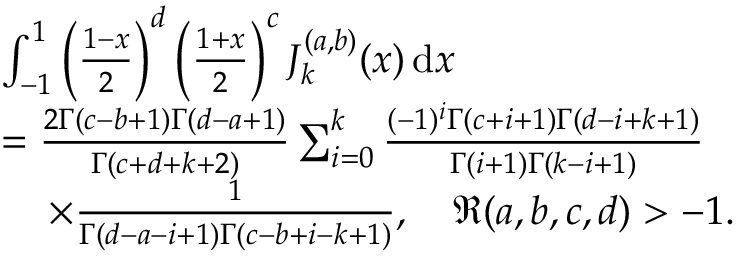
\begin{array} { r l } & { \int _ { - 1 } ^ { 1 } \left( \frac { 1 - x } { 2 } \right) ^ { d } \left( \frac { 1 + x } { 2 } \right) ^ { c } J _ { k } ^ { ( a , b ) } ( x ) \, \mathrm { d } x } \\ & { = \frac { 2 \Gamma ( c - b + 1 ) \Gamma ( d - a + 1 ) } { \Gamma ( c + d + k + 2 ) } \sum _ { i = 0 } ^ { k } \frac { ( - 1 ) ^ { i } \Gamma ( c + i + 1 ) \Gamma ( d - i + k + 1 ) } { \Gamma ( i + 1 ) \Gamma ( k - i + 1 ) } } \\ & { ~ ~ ~ \! ~ \times \frac { 1 } { \Gamma ( d - a - i + 1 ) \Gamma ( c - b + i - k + 1 ) } , \quad \Re ( a , b , c , d ) > - 1 . } \end{array}